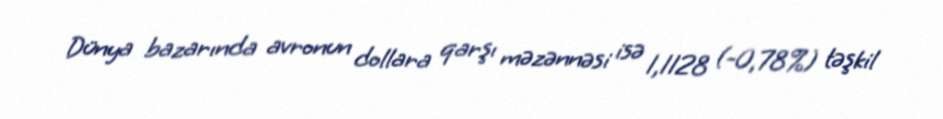
Dünya bazarında avronun dollara qarşı məzənnəsi isə 1,1128 (-0,78%) təşkil